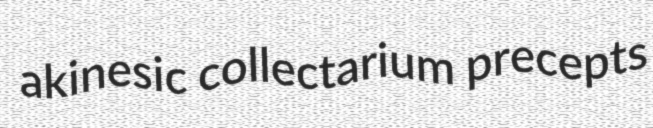
akinesic collectarium precepts